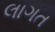
લાગત